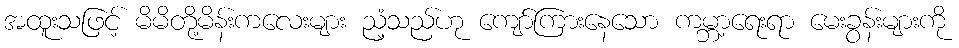
အထူးသဖြင့် မိမိတို့မိန်းကလေးများ ညံ့သည်ဟု ကျော်ကြားနေသော ကမ္ဘာ့ရေးရာ မေးခွန်းများကို